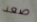
صعد